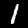
Label: 1